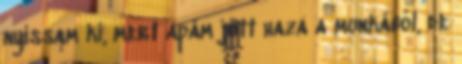
nyissam ki, mert apám jött haza a munkából, de